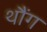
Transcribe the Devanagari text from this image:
थौंग